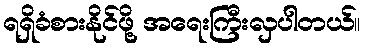
ရရှိခံစားနိုင်ဖို့ အရေးကြီးလှပါတယ်။